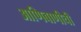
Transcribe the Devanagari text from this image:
आणिबाणीची